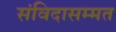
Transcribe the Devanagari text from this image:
संविदासम्मत